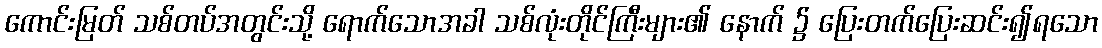
ကောင်းမြတ် သစ်တပ်အတွင်းသို့ ရောက်သောအခါ သစ်လုံးတိုင်ကြီးများ၏ နောက် ၌ ပြေးတက်ပြေးဆင်း၍ရသော